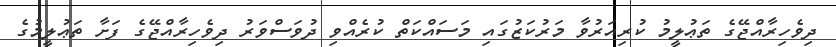
ދިވެހިރާއްޖޭގެ ތަޢުލީމު ކުރިއަރުވާ މަރުކަޒުގައި މަސައްކަތް ކުރެއްވި ދުވަސްވަރު ދިވެހިރާއްޖޭގެ ފަށާ ތަޢުލީމުގެ